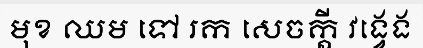
មុខ ឈម ទៅ រក សេចក្តី វង្វេង